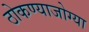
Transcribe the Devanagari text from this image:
ठोकण्याजोग्या